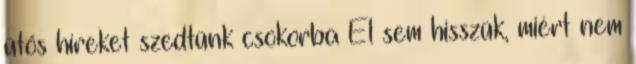
ütős híreket szedtünk csokorba El sem hisszük, miért nem